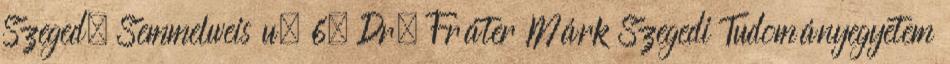
Szeged, Semmelweis u. 6. Dr. Fráter Márk Szegedi Tudományegyetem